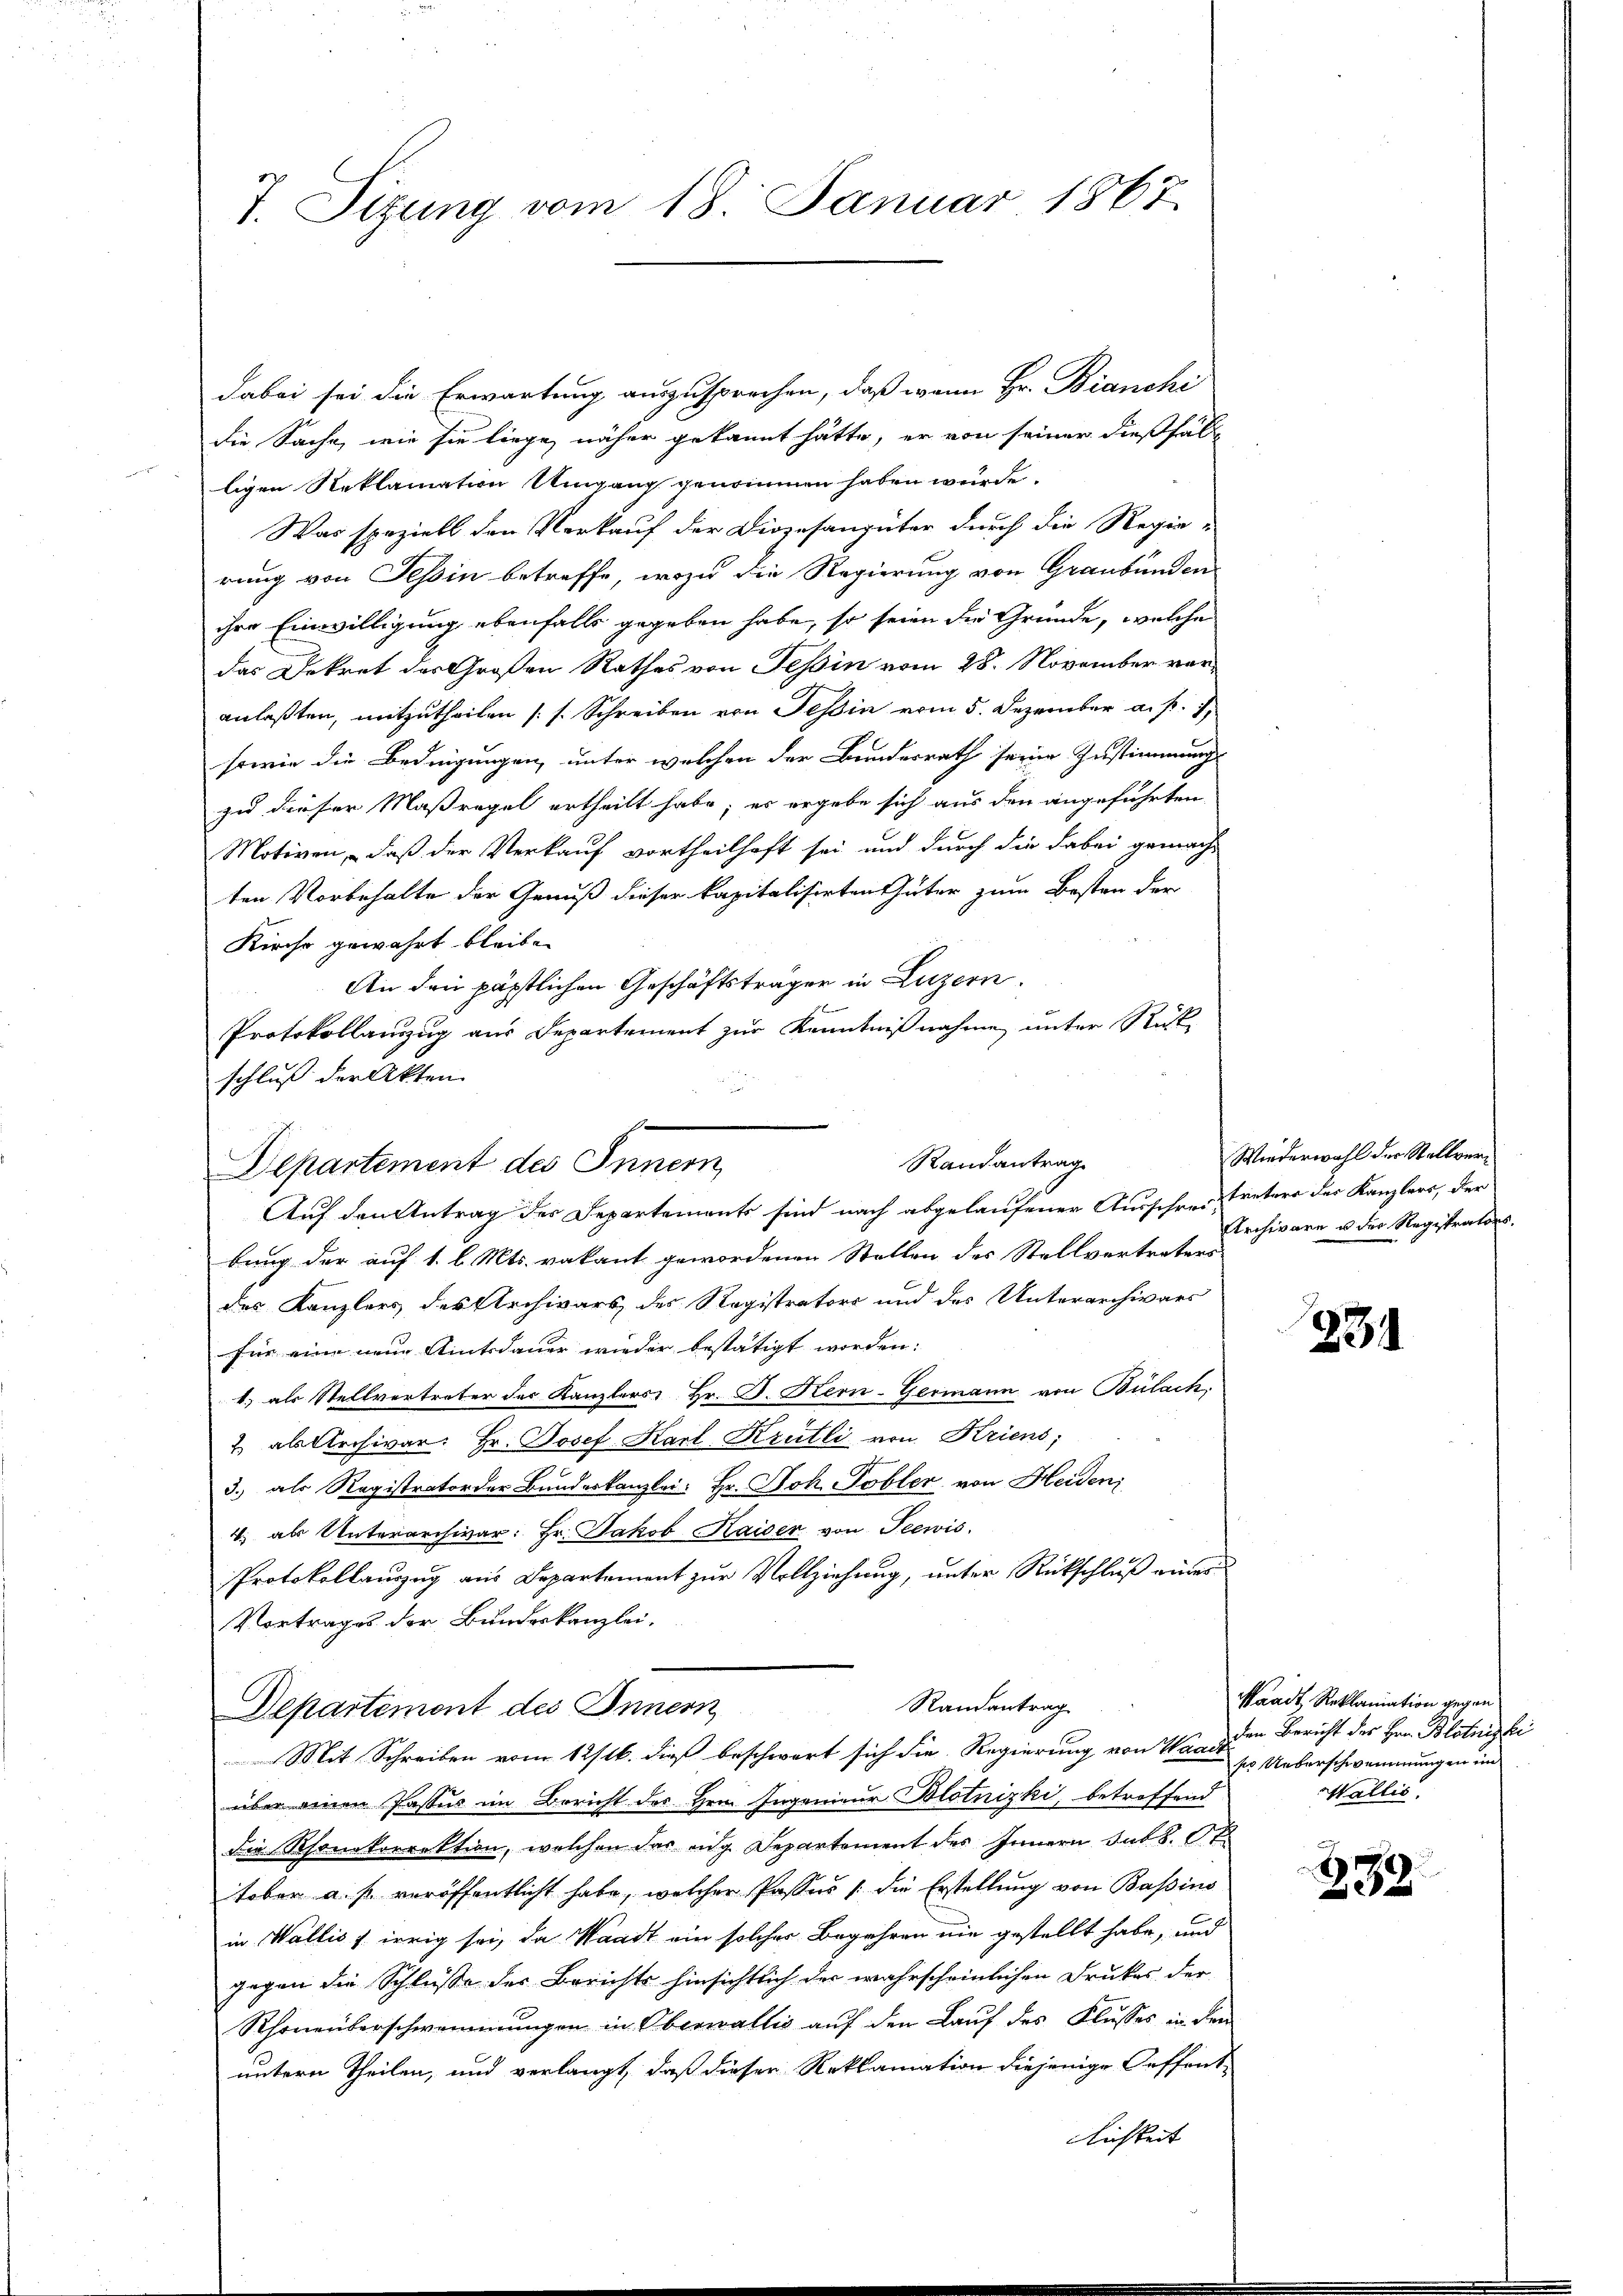
T. Sitzung vom 18. Januar 1867.

dabei sei die Erwartung auszusprochen, daß wenn Hr. Bianchi
die Sache, wie sie liege, näher gekannt hätte, er von seiner dießfäll
ligen Reklamation Umgang genommen haben wurde.
Was speziell den Verkauf der Diözesangüter durch die Regie-
rung von Tessin betreffe, wozu die Regierung von Graubünden
ihre Einwilligung ebenfalls gegeben habe, so seien die Gründe, welche
das Dekret des Großen Rathes von Tessin vom 28. November vor
anlaßten, mitzutheilen (s. Schreiben von Tessin vom 5. Dezember a. p. 1
sowie die Bedingungen, unter welchen der Bundesrath seine Zustimmung
zu dieser Maßregel ertheilt habe; es ergebe sich aus den angeführten
Motiven, – daß der Verkauf vortheilhaft sei und durch die dabei gemachten Vorbehalte der Genuß dieser kapitalisirten Güter zum Besten der
Kirche gewährt bleibe.
An den päpstlichen Geschäftsträger in Luzern.
Protokollanzzug aus Departement zur Kenntnißnahme unter Rück
schluß der Akten
Auf den Antrag des Departements sind nach abgelaufener Ausschrei Treters der Kanzlers, der
bung der auf 1. l. Mts. vakant gewordenen Stellen der Stellvertreters
des Kanzlers des Archivars des Registrators und des Unterarchivars
für eine neue Amtsdauer wieder bestätigt worden:
1) als Stellvertreter des Kanzlers Hr. F. Hern-Germann von Bülach,
2 als Archivar: Hr. Josef Karl Krütli von Kriens;
w
3.) als Registrator der Bundeskanzlei: Hr. Joh. Tobler von Heiden
4. als Unterarchivar: Hr. Jakob Kaiser von Seewis
Protokollauszug aus Departement zur Vollziehung, unter Rückschluß eines
Vortrages der Bundeskanzlei.
Randantrag
Departement des Innern
Mit Schreiben vom 12/16. dieß beschwert sich die Regierung von Wade-
über einen Passus im Bericht des Hrn. Ingenieur Blotnizki, betreffend
die Rhonkorrektion, welchen das eige Departement des Innern Jak. Ot
tober a. p. veröffentlicht habe, welcher Passus (die Erstellung von Bassins
in Wallis s irrig sei, da Waadt ein solcher Begehren nie gestellt habe, und
gegen die Schlüsse des Berichts hinsichtlich der wahrscheinlichen Drukes der
Rhonenverschwommungen in Oberwaltig auf den Lauf des Flusses in den
untern Theilen, und verlangt, daß dieser Reklamation diejenige Oeffent-
lichkeit

Randantrag
Departement des Innern,

Wiederwahl der Stellver¬
Archivare u der Registrators.

234

Waadt, Reklamation gegen
den Bericht des Hrn. Blotnizki
po Ueberschwemmungen in
Wallis.

339.